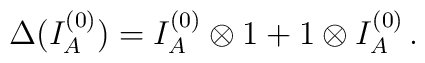
\Delta(I^{(0)}_A )= I^{(0)}_A \otimes 1 + 1 \otimes I^{(0)}_A\,  .